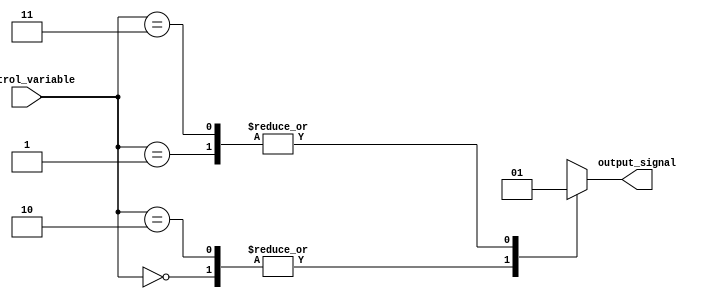
module simple_case_statement (
    input wire [1:0] control_variable,
    output reg output_signal
);

always @(*)
begin
    case(control_variable)
        2'b00: output_signal = 1'b0;  // if control_variable is 00
        2'b01: output_signal = 1'b1;  // if control_variable is 01
        2'b10: output_signal = 1'b0;  // if control_variable is 10
        2'b11: output_signal = 1'b1;  // if control_variable is 11
        default: output_signal = 1'b0; // default action
    endcase
end

endmodule